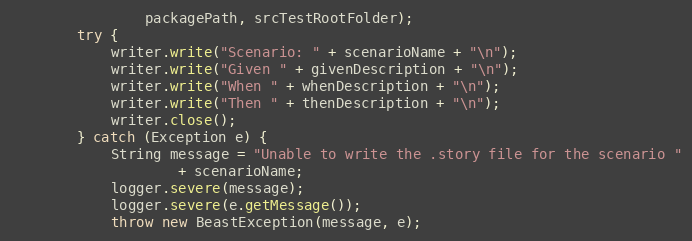
Language: Java
                packagePath, srcTestRootFolder);
        try {
            writer.write("Scenario: " + scenarioName + "\n");
            writer.write("Given " + givenDescription + "\n");
            writer.write("When " + whenDescription + "\n");
            writer.write("Then " + thenDescription + "\n");
            writer.close();
        } catch (Exception e) {
            String message = "Unable to write the .story file for the scenario "
                    + scenarioName;
            logger.severe(message);
            logger.severe(e.getMessage());
            throw new BeastException(message, e);